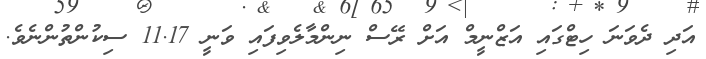
އަދި ދެވަނަ ހިޓްގައި އަޒްނީމް އަށް ރޭސް ނިންމާލެވިފައި ވަނީ 11.17 ސިކުންތުންނެވެ.